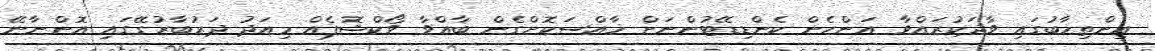
އިންތިޚާބުގައި ވާދަކުރައްވާ އަންހެން ކެންޑިޑޭޓުންނަށް ޚާއްސަކޮށްގެން ބާއްވާ ވޯކްޝޮޕެއް މިއަދު ދަރުބާރުގޭގައި އޮންނާނޭ